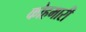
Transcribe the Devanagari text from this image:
कोहमारी